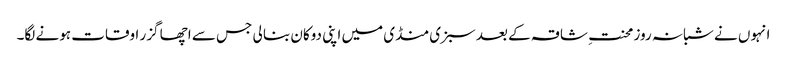
انہوں نے شبانہ روز محنتِ شاقہ کے بعد سبزی منڈی میں اپنی دوکان بنا لی جس سے اچھا گزر اوقات ہونے لگا۔